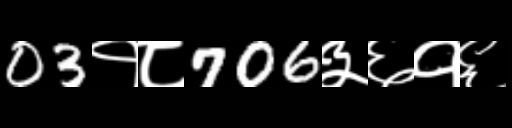
Text: 03१८706३६१६